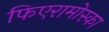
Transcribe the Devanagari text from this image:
फिएरामोस्का